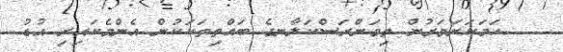
ހަމަކަށަވަރުން ތިމަންރަސްކަލާނގެ ބައްތިތަކަކުން އެންމެކައިރި އުޑު